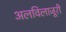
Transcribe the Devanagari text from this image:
अलविलाजूरी